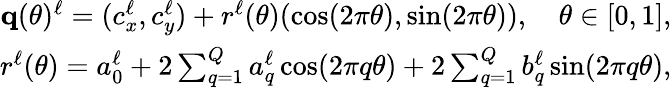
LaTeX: \begin{array}{r}{\mathbf q(\theta)^{\ell}=(c_{x}^{\ell},c_{y}^{\ell})+r^{\ell}(\theta)(\cos(2\pi\theta),\sin(2\pi\theta)),\quad\theta\in[0,1],}\\ {r^{\ell}(\theta)=a_{0}^{\ell}+2\sum_{q=1}^{Q}a_{q}^{\ell}\cos(2\pi q\theta)+2\sum_{q=1}^{Q}b_{q}^{\ell}\sin(2\pi q\theta),}\end{array}